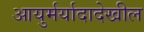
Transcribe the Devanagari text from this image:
आयुर्मर्यादादेखील